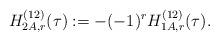
LaTeX: \begin{align*}H^{(12)}_{2A,r}(\tau):=-(-1)^rH^{(12)}_{1A,r}(\tau).\end{align*}